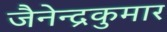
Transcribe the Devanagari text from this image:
जैनेन्द्रकुमार